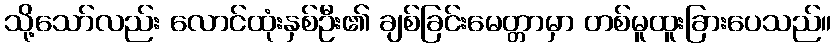
သို့သော်လည်း လောင်ထုံးနှစ်ဦး၏ ချစ်ခြင်းမေတ္တာမှာ တစ်မူထူးခြားပေသည်။